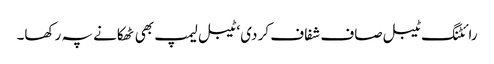
رائٹنگ ٹیبل صاف شفاف کر دی‘ ٹیبل لیمپ بھی ٹھکانے پہ رکھا۔